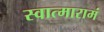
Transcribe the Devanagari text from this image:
स्वात्मारामं